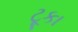
ટૂકા